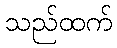
သည်ထက်